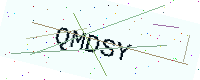
Text: QMDSY